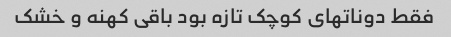
فقط دوناتهای کوچک تازه بود باقی کهنه و خشک